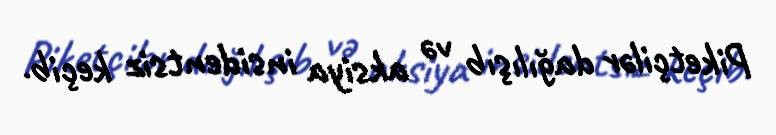
Piketçilər dağılışıb və aksiya insidentsiz keçib.